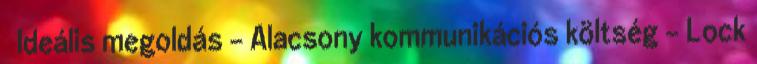
● Ideális megoldás – Alacsony kommunikációs költség – Lock